Leprosy in India: report of the Leprosy Commission in India, 1890-91
Year: 1890
Disease focus: Leprosy
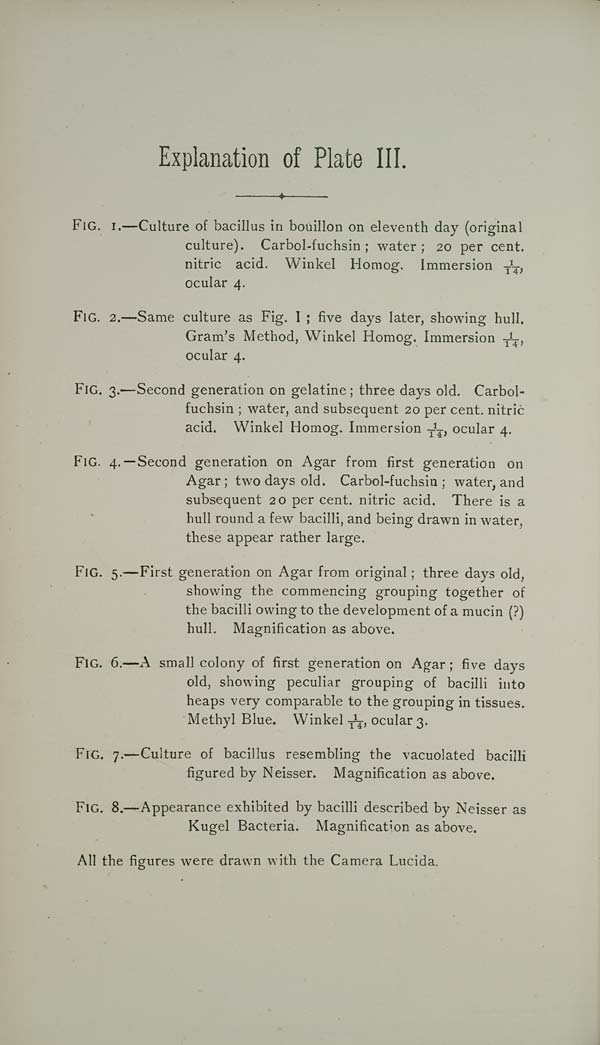
Explanation of Plate III.
FIG. I.—Culture of bacillus in bouillon on eleventh day (original
culture). Carbol-fuchsin; water; 20 per cent.
nitric acid. Winkel Homog. Immersion 1/14,
ocular 4.
FIG. 2.—Same culture as Fig. I; five days later, showing hull.
Gram's Method, Winkel Homog. Immersion 1/14,
ocular 4.
FIG. 3.—Second generation on gelatine; three days old. Carbol-
fuchsin; water, and subsequent 20 per cent. nitric
acid. Winkel Homog. Immersion 1/14, ocular 4.
FIG. 4.—Second generation on Agar from first generation on
Agar; two days old. Carbol-fuchsin; water, and
subsequent 20 per cent. nitric acid. There is a
hull round a few bacilli, and being drawn in water,
these appear rather large.
FIG. 5.—First generation on Agar from original; three days old,
showing the commencing grouping together of
the bacilli owing to the development of a mucin (?)
hull. Magnification as above.
FIG. 6.—A small colony of first generation on Agar; five days
old, showing peculiar grouping of bacilli into
heaps very comparable to the grouping in tissues.
Methyl Blue. Winkel 1/14, ocular 3.
FIG. 7.—Culture of bacillus resembling the vacuolated bacilli
figured by Neisser. Magnification as above.
FIG. 8.—Appearance exhibited by bacilli described by Neisser as
Kugel Bacteria. Magnification as above.
All the figures were drawn with the Camera Lucida.